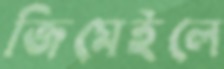
জিমেইলে